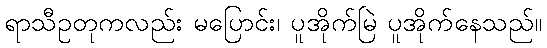
ရာသီဥတုကလည်း မပြောင်း၊ ပူအိုက်မြဲ ပူအိုက်နေသည်။